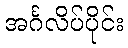
အင်္ဂလိပ်ပိုင်း